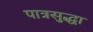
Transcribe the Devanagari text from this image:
पात्रसुद्धा